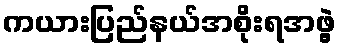
ကယားပြည်နယ်အစိုးရအဖွဲ့